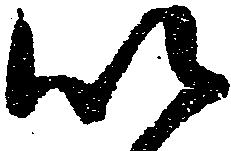
以